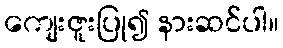
ကျေးဇူးပြု၍ နားဆင်ပါ။